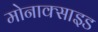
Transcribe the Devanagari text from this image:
मोनाक्साइड